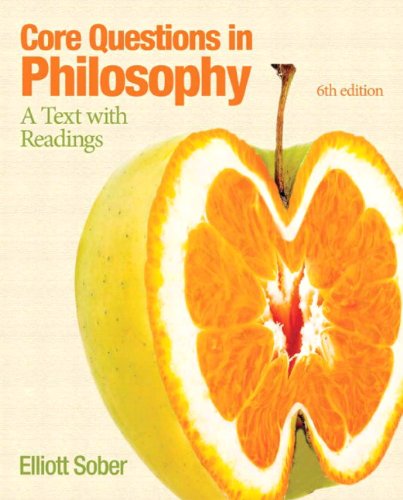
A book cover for Core Questions in Philosophy: A Text with Readings (6th Edition) (MyThinkingLab Series); Elliott Sober; Politics & Social Sciences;